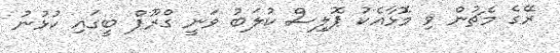
ރޭގެ މެޗުން ވި މޮޅާއެކު ޕޮލިސް ކުލަބު ވަނީ ގްރޫޕް ބީގައި ކުޅުނު